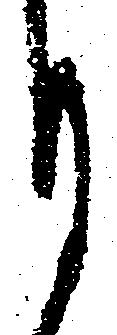
月